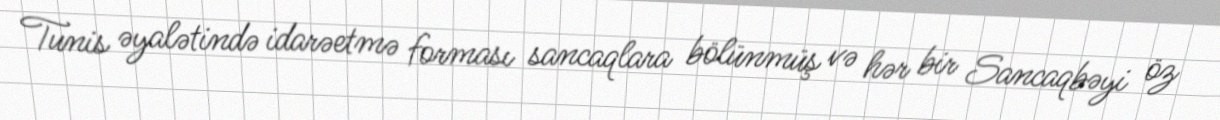
Tunis əyalətində idarəetmə forması sancaqlara bölünmüş və hər bir Sancaqbəyi öz